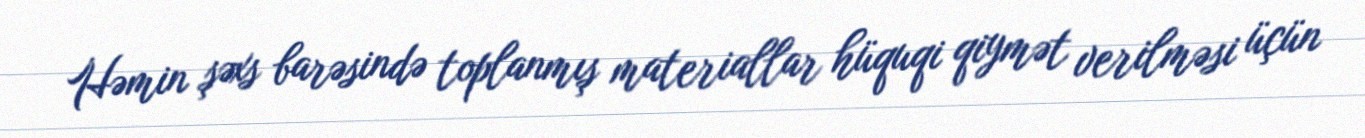
Həmin şəxs barəsində toplanmış materiallar hüquqi qiymət verilməsi üçün